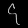
Digit: ၄